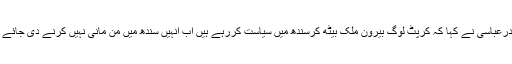
صفدرعباسی نے کہا کہ کرپٹ لوگ بیرون ملک بیٹھ کرسندھ میں سیاست کررہے ہیں اب انہیں سندھ میں من مانی نہیں کرنے دی جائے گی۔